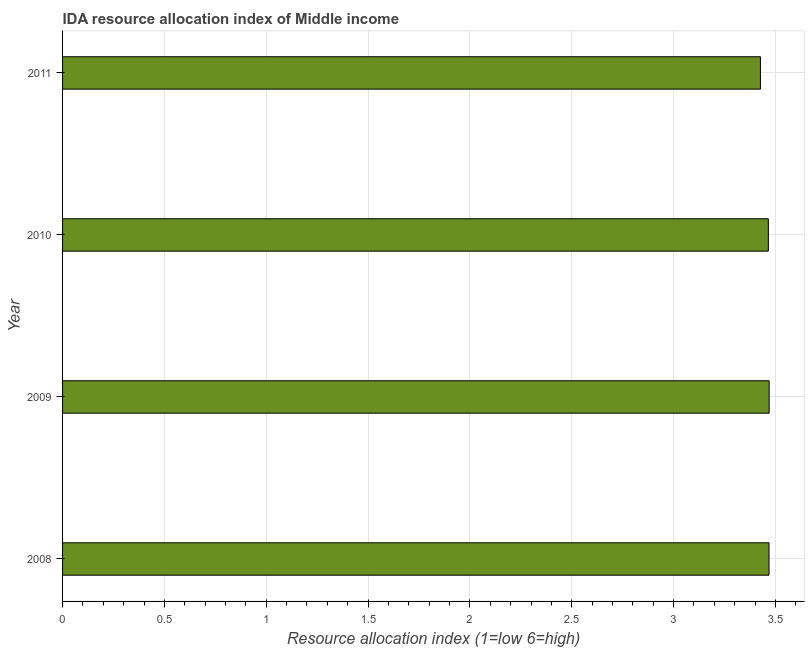
| Year | IDA resource allocation index |
 | --- | --- |
 | 2008 | 3.47 |
 | 2009 | 3.47 |
 | 2010 | 3.47 |
 | 2011 | 3.43 |